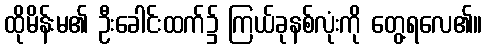
ထိုမိန်းမ၏ ဦးခေါင်းထက်၌ ကြယ်ခုနစ်လုံးကို တွေ့ရလေ၏။